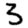
Digit: 3